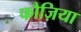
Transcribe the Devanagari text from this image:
फौज़िया